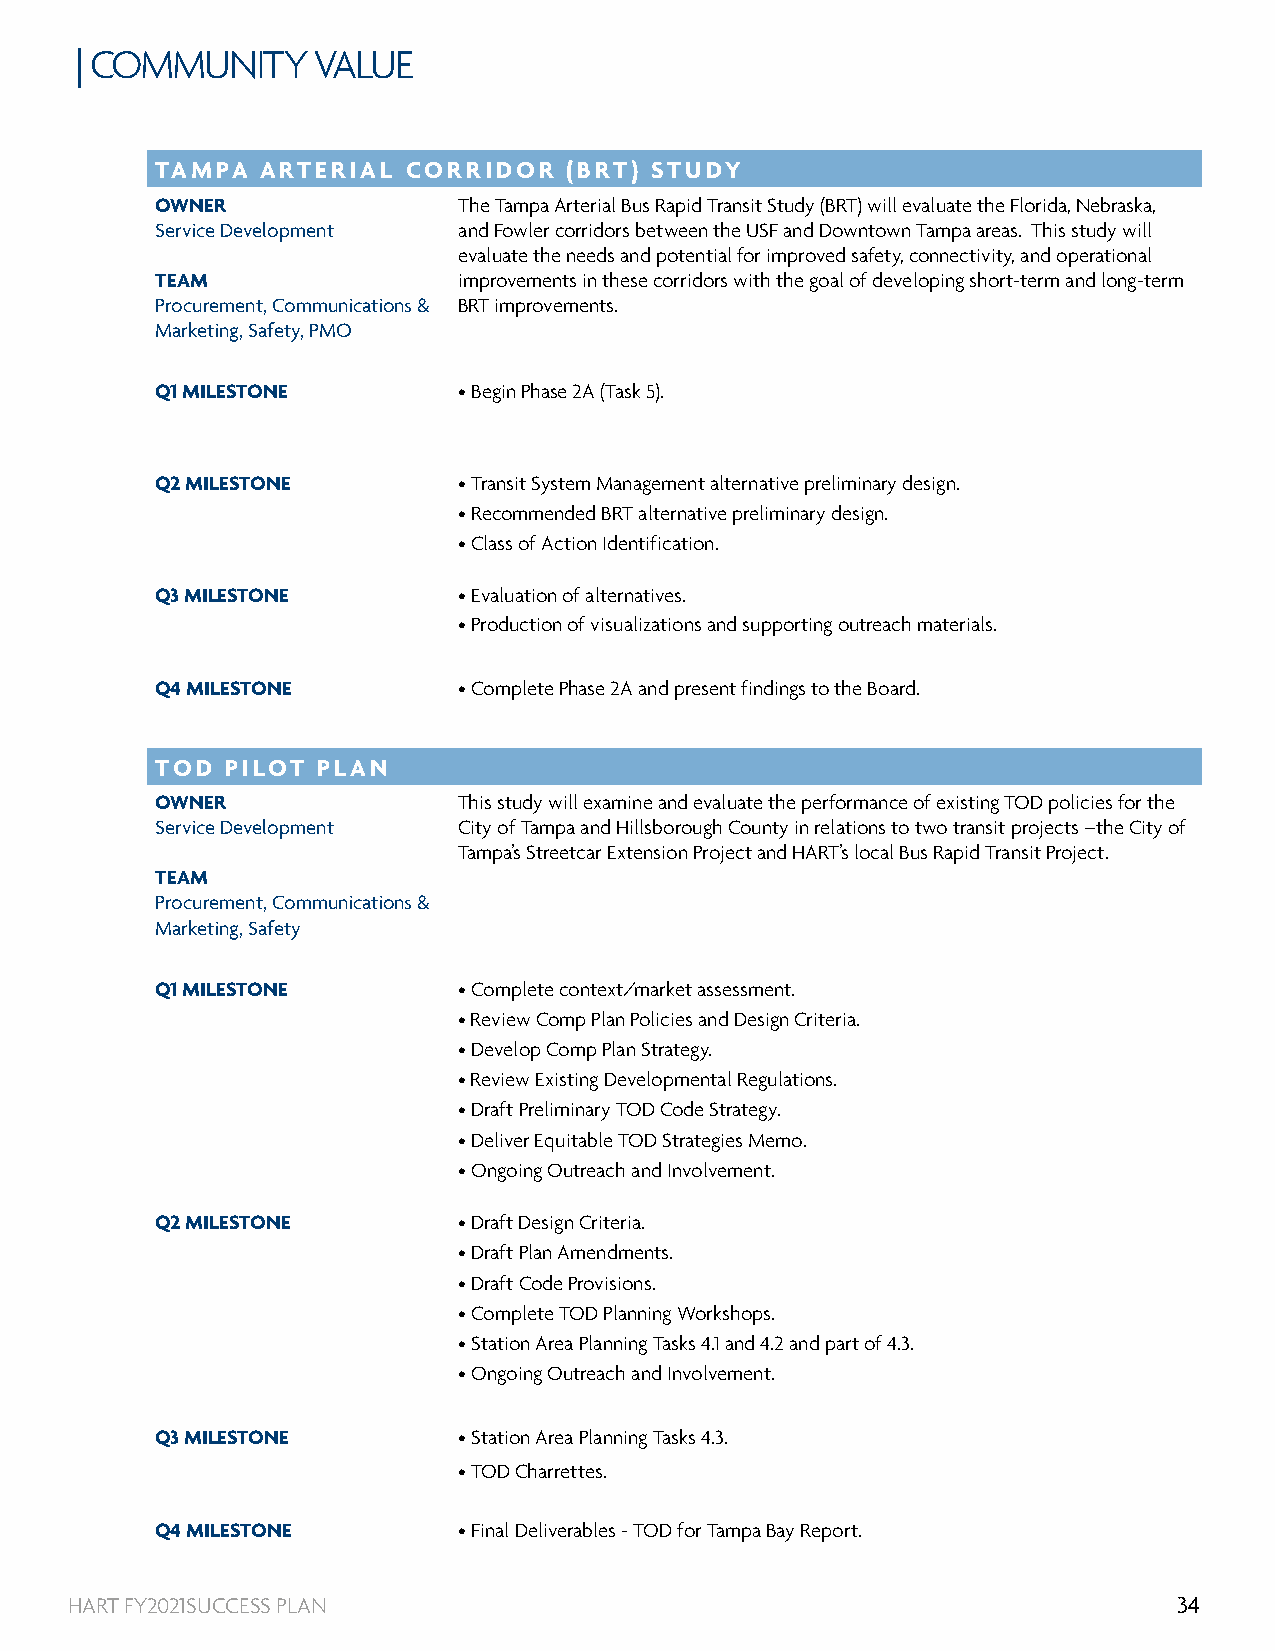
| COMMUNITY     VALUE
 TAMPA  ARTERIAL  CORRIDOR  (BRT) STUDY
 OWNER               The Tampa Arterial Bus Rapid Transit Study (BRT) will evaluate the Florida, Nebraska,
 Service Development and Fowler corridors between the USF and Downtown Tampa areas. This study will
 evaluate the needs and potential for improved safety, connectivity, and operational
 TEAM                improvements in these corridors with the goal of developing short-term and long-term
 Procurement, Communications & BRT improvements.
 Marketing, Safety, PMO
 Q1 MILESTONE        • Begin Phase 2A (Task 5).
 Q2 MILESTONE        • Transit System Management alternative preliminary design.
 • Recommended BRT alternative preliminary design.
 • Class of Action Identification.
 Q3 MILESTONE        • Evaluation of alternatives.
 • Production of visualizations and supporting outreach materials.
 Q4 MILESTONE        • Complete Phase 2A and present findings to the Board.
 TOD  PILOT PLAN
 OWNER               This study will examine and evaluate the performance of existing TOD policies for the
 Service Development City of Tampa and Hillsborough County in relations to two transit projects –the City of
 Tampa’s Streetcar Extension Project and HART’s local Bus Rapid Transit Project.
 TEAM
 Procurement, Communications &
 Marketing, Safety
 Q1 MILESTONE        • Complete context/market assessment.
 • Review Comp Plan Policies and Design Criteria.
 • Develop Comp Plan Strategy.
 • Review Existing Developmental Regulations.
 • Draft Preliminary TOD Code Strategy.
 • Deliver Equitable TOD Strategies Memo.
 • Ongoing Outreach and Involvement.
 Q2 MILESTONE        • Draft Design Criteria.
 • Draft Plan Amendments.
 • Draft Code Provisions.
 • Complete TOD Planning Workshops.
 • Station Area Planning Tasks 4.1 and 4.2 and part of 4.3.
 • Ongoing Outreach and Involvement.
 Q3 MILESTONE        • Station Area Planning Tasks 4.3.
 • TOD Charrettes.
 Q4 MILESTONE        • Final Deliverables - TOD for Tampa Bay Report.
 HART FY2021SUCCESS PLAN                                                   34